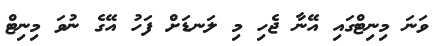
ވަނަ މިނިޓްގައި އޭނާ ޖެހި މި ލަނޑަށް ފަހު އޭގެ ނުވަ މިނިޓް